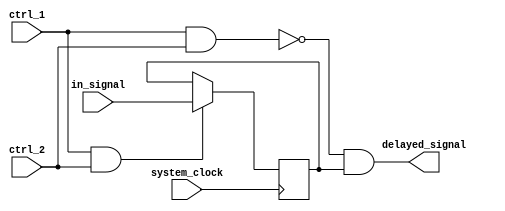
module NAND_Gate_Delay (
    input wire in_signal,
    input wire ctrl_1,
    input wire ctrl_2,
    input wire system_clock,
    output reg delayed_signal
);

reg synchronized_signal;

always @(posedge system_clock) begin
    if (ctrl_1 && ctrl_2) begin
        synchronized_signal <= in_signal;
    end
end

assign delayed_signal = ~(ctrl_1 & ctrl_2) & synchronized_signal;

endmodule